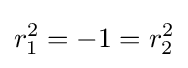
r_{1}^{2}=-1=r_{2}^{2}